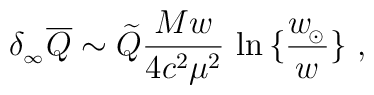
\delta_{_\infty}\overline Q\sim \widetilde Q {Mw\over 4c^2\mu^2}\,\ln    \big\{ {w_{\!_\odot}\over w} \} \ ,